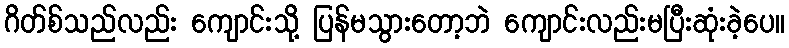
ဂိတ်စ်သည်လည်း ကျောင်းသို့ ပြန်မသွားတော့ဘဲ ကျောင်းလည်းမပြီးဆုံးခဲ့ပေ။